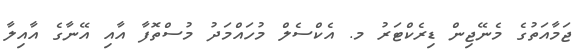
ޖަމާއަތުގެ މެނޭޖިން ޑިރެކްޓަރު މ. އެކްސެލް މުހައްމަދު މުސްތޮފާ އާއި އޭނާގެ އާއިލާ